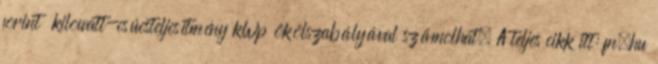
forint kilowatt-csúcsteljesítmény kWp ökölszabályával számolhat. A teljes cikk itt: fn.hu